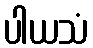
ပါယသံ